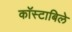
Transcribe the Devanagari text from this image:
काॅस्टाबिले